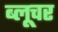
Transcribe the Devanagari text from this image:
ब्लूचर